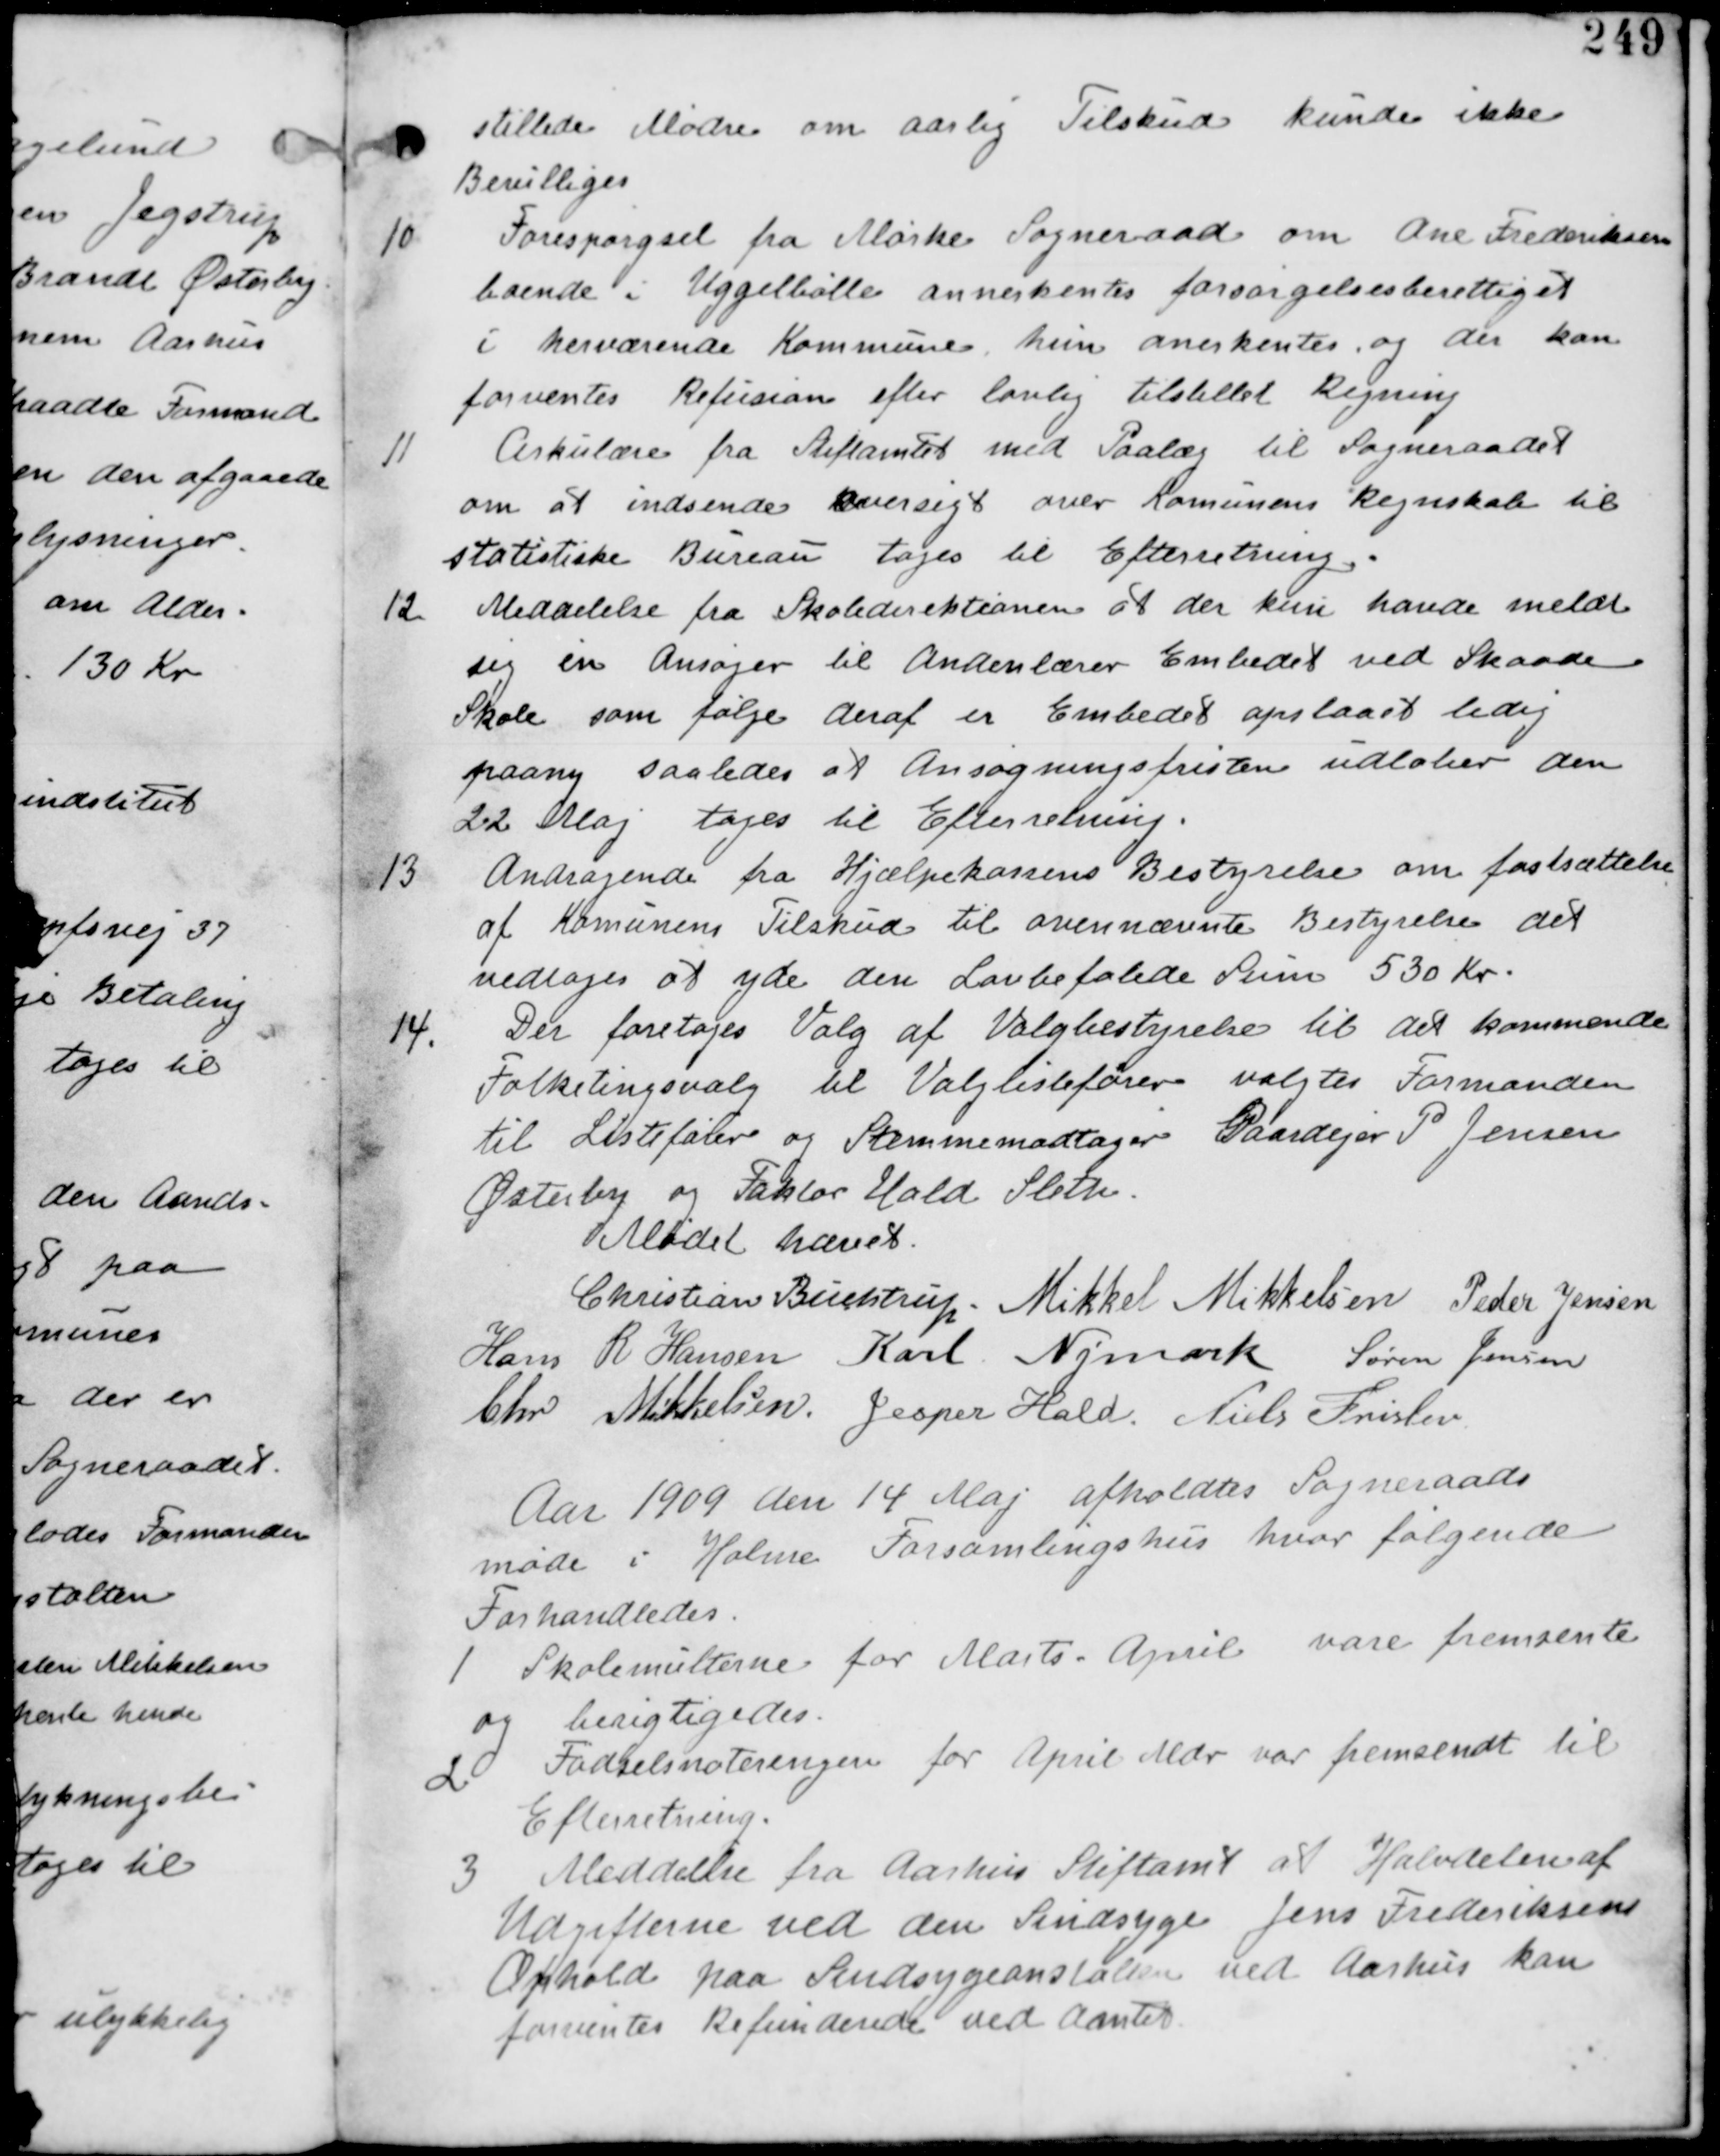
Transskription:
stillede Mødre om aarlig Tilskud kunde ikke
Bevilliges

10
Forespørgsel fra Mørke Sogneraad om Ane Frederiksen
boende i Uggelbølle annerkendes forsørgelsesberettiget
i herværende Kommune hun anerkendes og der kan
forventes Refusion efter lovlig tilstillet Regning.

11
Cirkulære fra Stiftamtet med Paalæg til Sogneraadet
om at indsende Oversigt over Kommunens Regnskab til
statistiske Bureau tages til Efterretning.

12 Meddelelse fra Skolekommissionen at der kun havde meldt
sig en Ansøger til Andenlærer Embedet ved Skaade
Skole som følge deraf er Embedet opslaaet ledig
paany saaledes at Ansøgningsfristen udløber den
22 Maj tages tilk Efterretning.

13 Andragende fra Hjælpekassens Bestyrelse om fastsættelse
af Kommunens Tilskud til ovennævnte Bestyrelse det
vedtages at yde den Lovbefalede Sum 530 Kr.

14.
Der foretages Valg af Valgbestyrelse til det kommende
Folketingsvalg til Valglistefører valgtes Formanden
til Listefører og Stemmemodtager Gaardejer P Jensen
Østerby og Faktor Hald Sleth.

Mødet hævet
Christian Buchtrup. Mikkel Mikkelsen Peder Jensen
Hans R Hansen Karl Nymark Søren Jensen
Chr Mikkelsen Jesper Hald. Niels Frislev

Aar 1909 den 14 Maj afholdes Sogneraads
møde i Holme Forsamlingshus hvor følgende
Forhandledes.

1
Skolemulterne for Marts-April vare fremsendte
og berigtiget.

2.
Fødselsnoteringen for April var fremsendt til
Efterretning

3 Meddelelse fra Aarhus Stiftamt at Halvdelen af
Udgifterne ved den Sindsyge Jens Frederiksens
Ophold paa Sindsygeanstalten ved Aarhus kan
forventes Refunderet ved amtet.